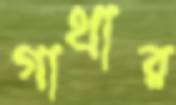
গাথার